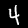
Label: 4